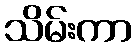
သိမ်းကာ